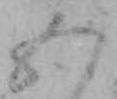
五